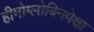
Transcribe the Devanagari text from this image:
हीमोग्लोबिनपेक्षा